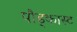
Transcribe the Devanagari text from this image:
पौड्कास्ट